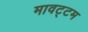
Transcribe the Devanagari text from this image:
मावट्टम